Vaccination report Assam 1896-1927 - 1896-1927
Year: 1896
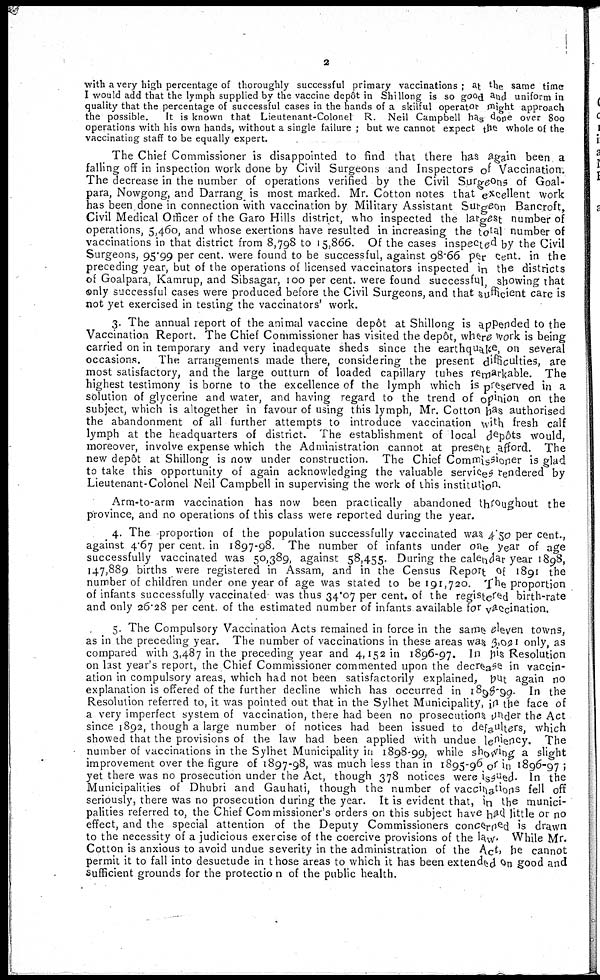
2
with a very high percentage of thoroughly successful primary vaccinations; at the same time
I would add that the lymph supplied by the vaccine depôt in Shillong is so good and uniform in
quality that the percentage of successful cases in the hands of a skilful operator might approach
the possible.
It is known that Lieutenant-Colonel R. Neil Campbell has done over 800
operations with his own hands, without a single failure ; but we cannot expect the whole of the
vaccinating staff to be equally expert.
The Chief Commissioner is disappointed to find that there has again been, a
falling off in inspection work done by Civil Surgeons and Inspectors of Vaccination.
The decrease in the number of operations verified by the Civil Surgeons of Goal-
para, Nowgong, and Darrang is most marked. Mr. Cotton notes that excellent work
has been done in connection with vaccination by Military Assistant Surgeon Bancroft,.
Civil Medical Officer of the Garo Hills district, who inspected the largest number of
operations, 5,460, and whose exertions have resulted in increasing the total number of
vaccinations in that district from 8,798 to 15,866. Of the cases inspected by the Civil
Surgeons, 95.99 per cent. were found to be successful, against 98.66 per cent. in the
preceding year, but of the operations of licensed vaccinators inspected in the districts
of Goalpara, Kamrup, and Sibsagar, 100 per cent. were found successful, showing that
only successful cases were produced before the Civil Surgeons, and that sufficient care is
not yet exercised in testing the vaccinators' work.
3. The annual report of the animal vaccine depôt at Shillong is appended to the
Vaccination Report. The Chief Commissioner has visited the depôt, Where work is being
carried on in temporary and very inadequate sheds since the earthquake, on several
occasions. The arrangements made there, considering the present difficulties, are
most satisfactory, and the large outturn of loaded capillary tubes remarkable. The
highest testimony is borne to the excellence of the lymph which is preserved in a
solution of glycerine and water, and having regard to the trend of opinion on the
subject, which is altogether in favour of using this lymph, Mr. Cotton has authorised
the abandonment of all further attempts to introduce vaccination with fresh calf
lymph at the headquarters of district. The establishment of local depôts would,
moreover, involve expense which the Administration cannot at present afford. The
new depôt at Shillong is now under construction. The Chief Commissioner is glad
to take this opportunity of again acknowledging the valuable services rendered by
Lieutenant-Colonel Neil Campbell in supervising the work of this institution.
Arm-to-arm vaccination has now been practically abandoned throughout the
province, and no operations of this class were reported during the year.
4. The proportion of the population successfully vaccinated was 4.50 per cent.,
against 4.67 per cent. in 1897-98. The number of infants under one year of age
successfully vaccinated was 50,389, against 58,455. During the calendar year 1898,
147,889 births were registered in Assam, and in the Census Report of 1891 the
number of children under one year of age was stated to be 191,720. The proportion
of infants successfully vaccinated was thus 34.07 per cent. of the registered birth-rate
and only 26.28 per cent. of the estimated number of infants available for vaccination.
5. The Compulsory Vaccination Acts remained in force in the same eleven towns,
as in the preceding year. The number of vaccinations in these areas was 3,021 only, as
compared with 3,487 in the preceding year and 4,152 in 1896-97. In his Resolution
on last year's report, the Chief Commissioner commented upon the decrease in vaccin-
ation in compulsory areas, which had not been satisfactorily explained, but again no
explanation is offered of the further decline which has occurred in 1898-99. In the
Resolution referred to, it was pointed out that in the Sylhet Municipality, in the face of
a very imperfect system of vaccination, there had been no prosecutions under the Act
since 1892, though a large number of notices had been issued to defaulters, which
showed that the provisions of the law had been applied with undue leniency. The
number of vaccinations in the Sylhet Municipality in 1898-99, while showing a slight
improvement over the figure of 1897-98, was much less than in 1895-96 or in 1896-97 ;
yet there was no prosecution under the Act, though 378 notices were issüed. In the
Municipalities of Dhubri and Gauhati, though the number of vaccinations fell off
seriously, there was no prosecution during the year. It is evident that, in the munici-
palities referred to, the Chief Commissioner's orders on this subject have had little or no
effect, and the special attention of the Deputy Commissioners concerned is drawn
to the necessity of a judicious exercise of the coercive provisions of the law.While Mr.
Cotton is anxious to avoid undue severity in the administration of the Act, he cannot
permit it to fall into desuetude in those areas to which it has been extended on good and
sufficient grounds for the protection of the public health.